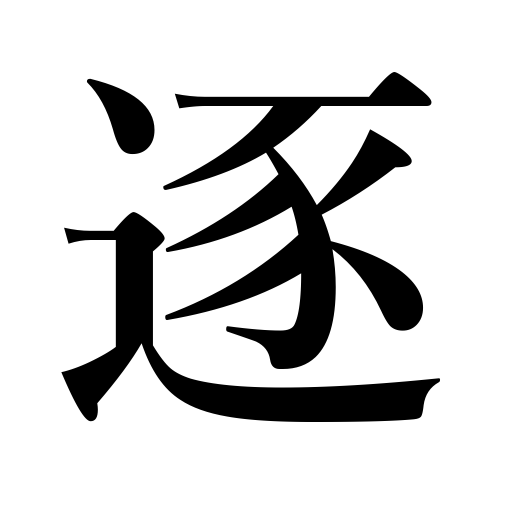
Meanings: drive away,follow,pursue pleasure,chase,drive cattle